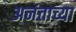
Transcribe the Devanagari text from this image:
अनंताच्या